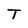
Character: T